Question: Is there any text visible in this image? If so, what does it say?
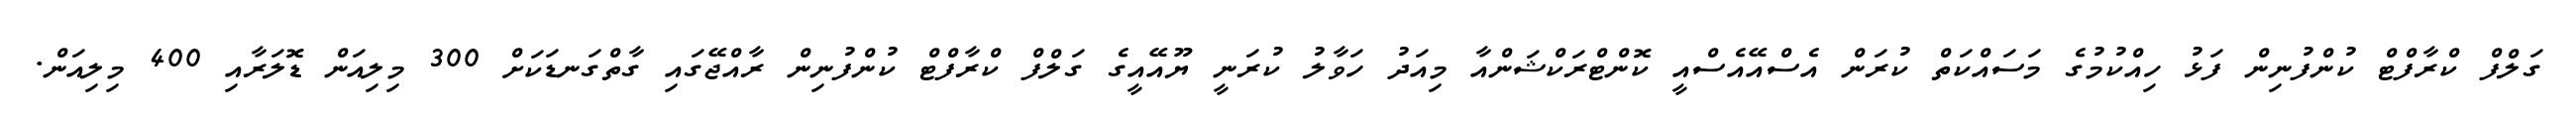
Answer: ގަލްފް ކްރާފްޓް ކުންފުނިން ފަޅު ހިއްކުމުގެ މަސައްކަތް ކުރަން އެސްއޭއެސްއީ ކޮންޓްރަކްޝަންއާ މިއަދު ހަވާލު ކުރަނީ ޔޫއޭއީގެ ގަލްފް ކްރާފްޓް ކުންފުނިން ރާއްޖޭގައި ގާތްގަނޑަކަށް 300 މިލިއަން ޑޮލަރާއި 400 މިލިއަން.